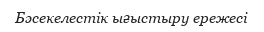
Бәсекелестік ығыстыру ережесі